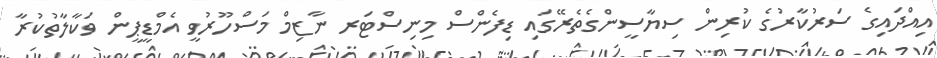
އިއްދައިގެ ސަރުކާރުގެ ކުރިން ސިޔާސީންގެތެރޭގައި ޑިފެންސް މިނިސްޓަރ ނާޒިމް މަސްހޫރުވީ އެމްޑީޕީން ވަކާލާތުކުރާ